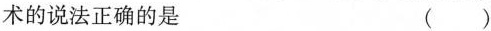
术的说法正确的是 ()